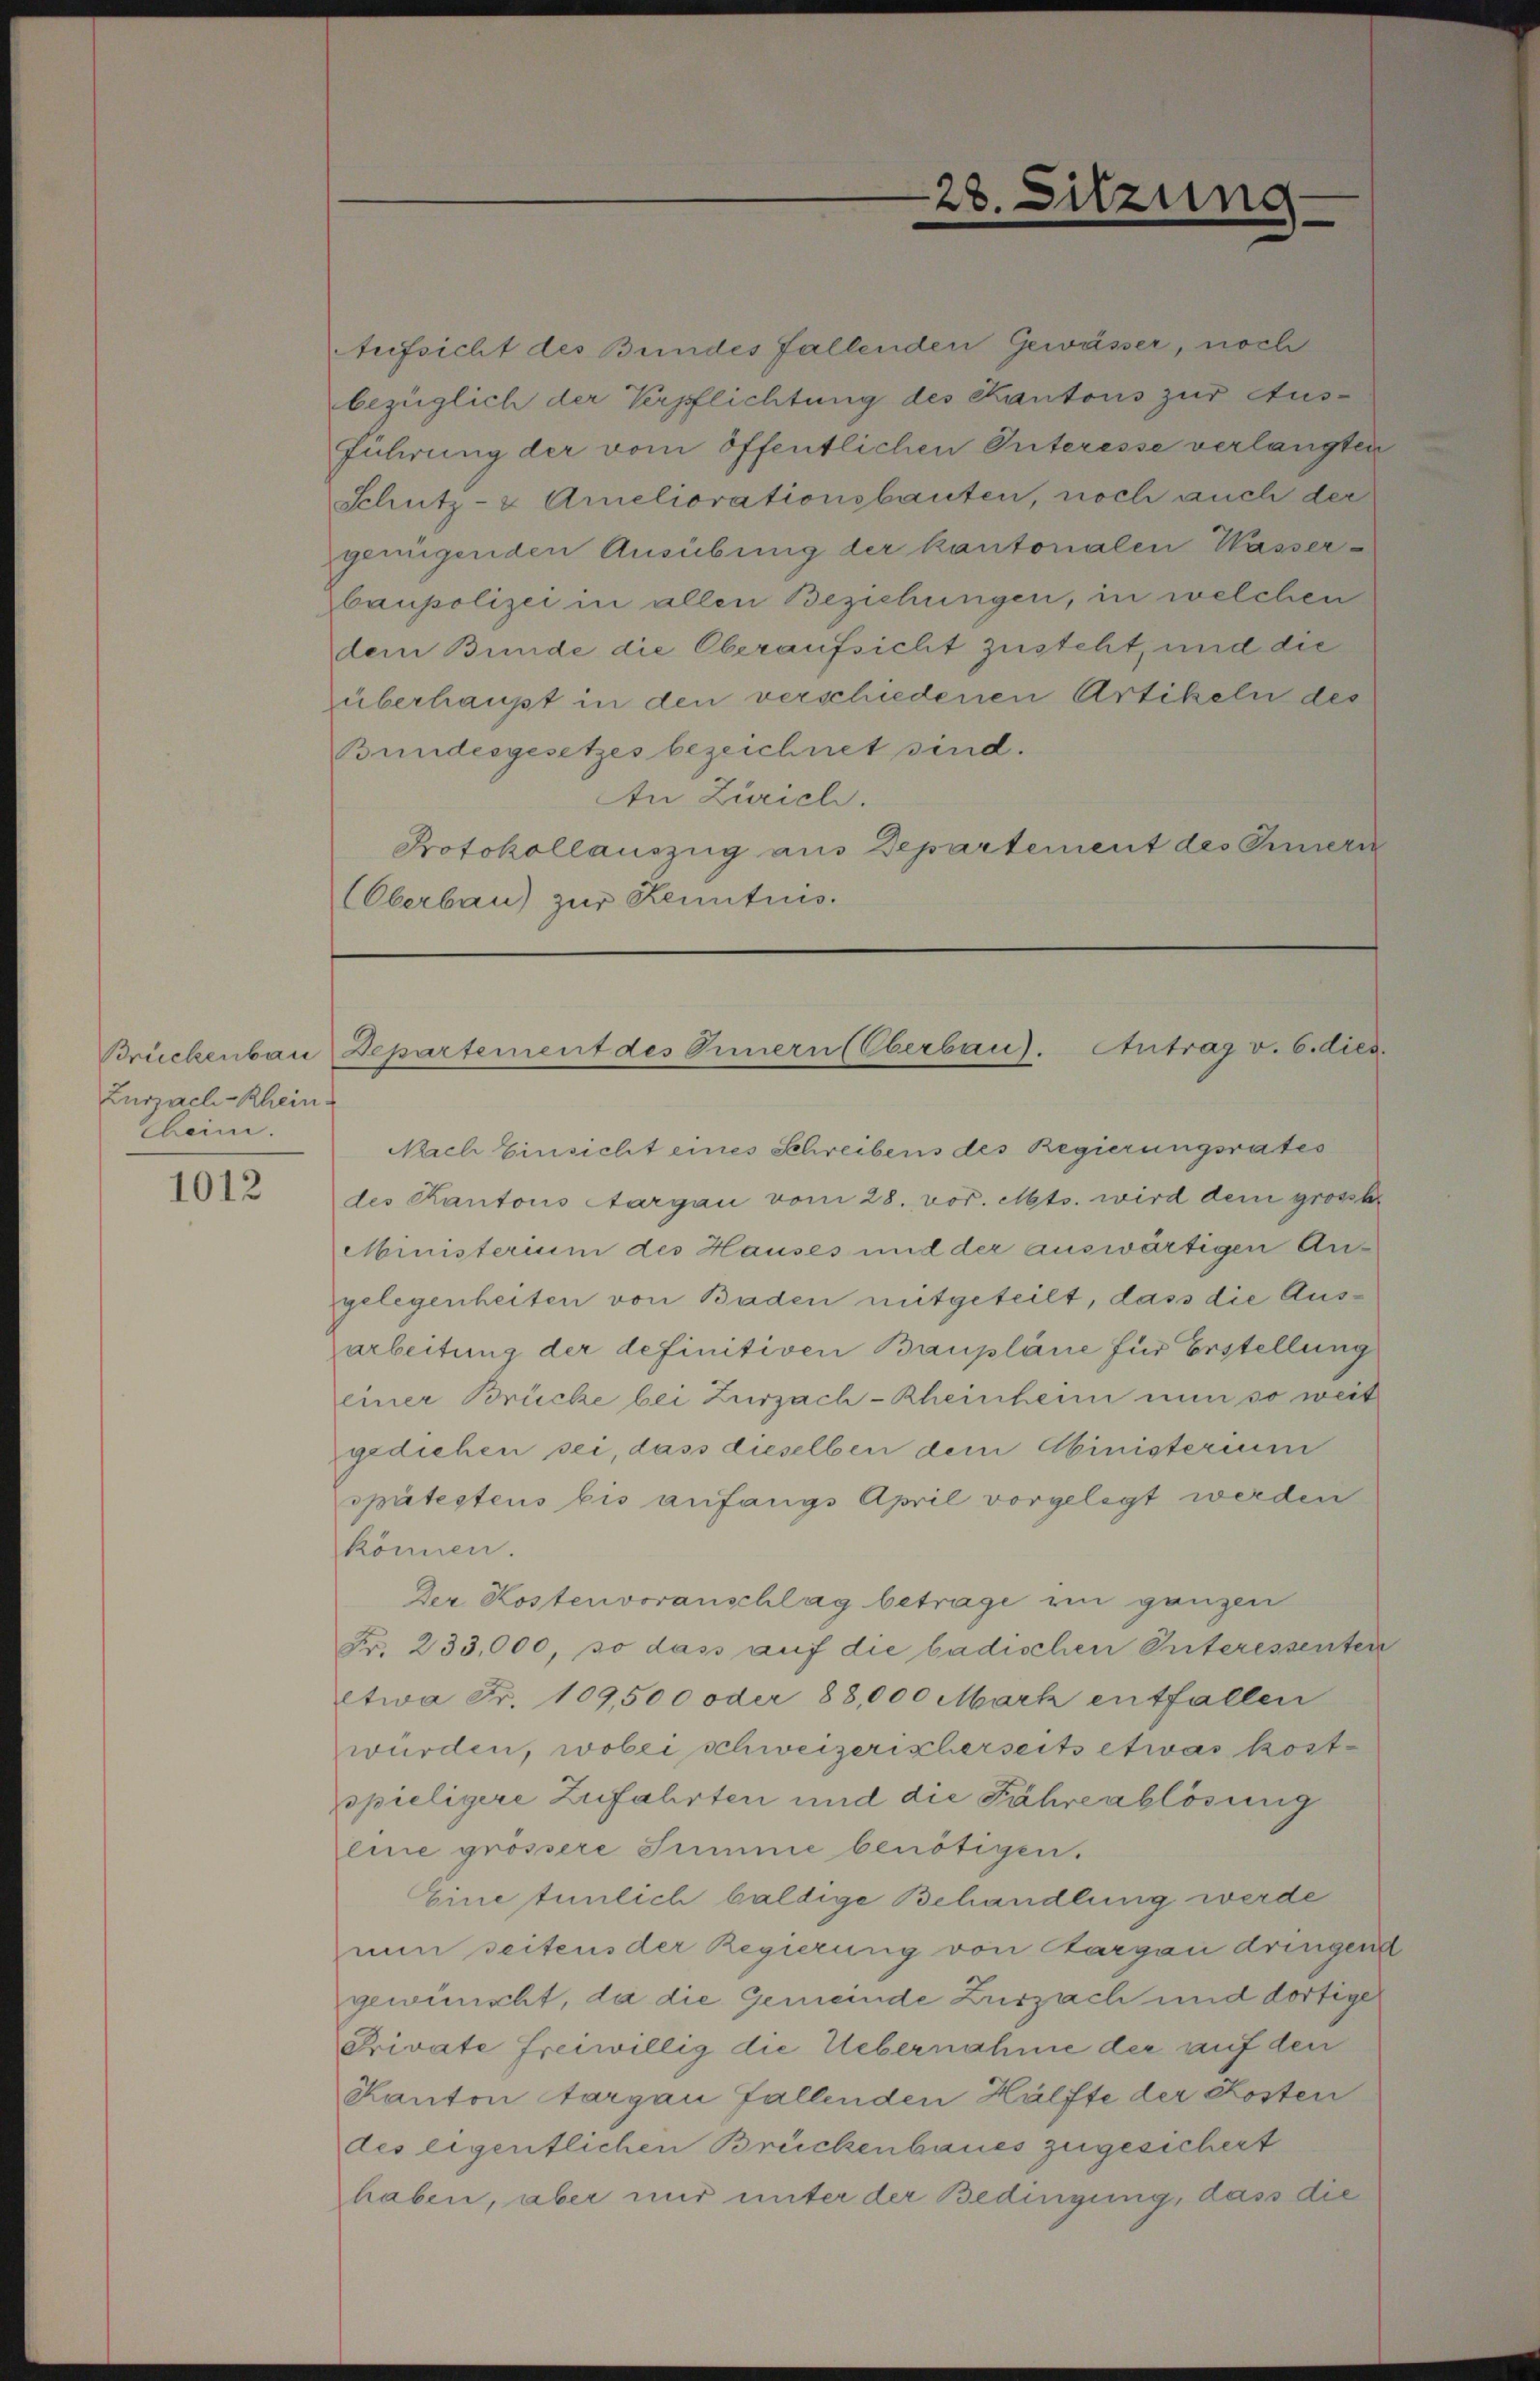
Brückenbau
Zurzach-Rhein¬
Cheim.

1012

Aufsicht des Bundes fallenden Gewässer, noch
bezüglich der Verpflichtung des Kantons zur Aus¬
Führung der vom öffentlichen Interesse verlangten
Schutz- & Ameliorationsbauten, noch auch der
genügenden Ausübung der kantonalen Wasser
baupolizei in allen Beziehungen, in welchen
dem Bunde die Oberaufsicht zusteht, und die
überhaupt in den verschiedenen Artikeln des
Bundesgesetzes bezeichnet sind.
An Zürich.
Protokollauszug aus Departement des Innern
Oberbau) zur Kenntnis.

28.

Sitzung

Departement des Innern (Oberbau). Antrag v. 6. dies

Nach Einsicht eines Schreibens des Regierungsrates
des Kantons Aargau vom 28. vor. Mts. wird dem grossb
Ministerium des Hauses mit der auswärtigen An-
gelegenheiten von Baden mitgeteilt, dass die Ausarbeitung der definitiven Baupläne für Erstellung
einer Brücke bei Zurzach-Rheinheim nun so weit
gediehen sei, dass dieselben dem Abinisterium
spätestens bis anfangs April vorgelegt werden
können.
Der Kostenvoranschlag betrage im ganzen
Fr. 233,000, so das auf die badischen Interessenten
etwa Fr. 109,500 oder 88,000 Mark entfallen
würden, wobei schweizerischerseits etwas kostspieligere Zufahrten und die Fähre ablösung
eine grössere Summe benötigen.
Eine tunlich baldige Behandlung werde
nun seitens der Regierung von Aargau dringend
gewünscht, da die Gemeinde Zurzach und dortiger
Private freiwillig die Uebernahme der auf den
Kanton Aargau fallenden Hälfte der Kosten
des eigentlichen Brückenbaues zugesichert
haben, aber und unter der Bedingung, dass die